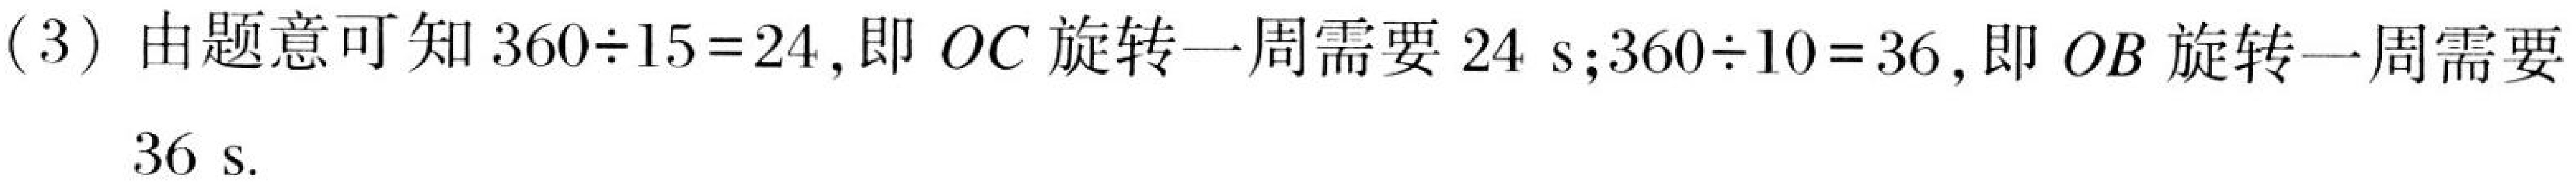
(3) 由题意可知 \(360\div15 = 24\)，即 \(OC\) 旋转一周需要 \(24\mathrm{\ s}\); \(360\div10 = 36\)，即 \(OB\) 旋转一周需要 \(36\mathrm{\ s}\).